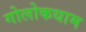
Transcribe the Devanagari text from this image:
गोलोकधाम